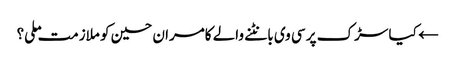
← کیا سڑک پر سی وی بانٹنے والے کامران حسین کو ملازمت ملی؟